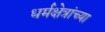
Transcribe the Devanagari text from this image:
धर्मक्षेत्रांच्या